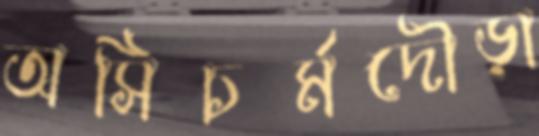
অসিচর্মদৌড়া